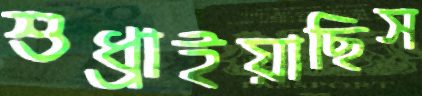
শুধ্‌রাইয়াছিস